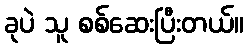
ခုပဲ သူ စစ်ဆေးပြီးတယ်။